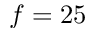
f = 2 5